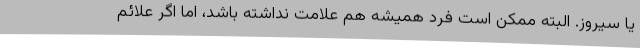
یا سیروز. البته ممکن است فرد همیشه هم علامت نداشته باشد، اما اگر علائم